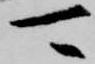
可